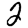
Digit: 2